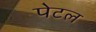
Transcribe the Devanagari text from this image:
पेटल